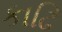
કાઢિ